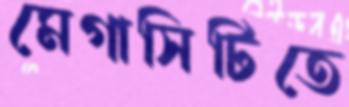
মেগাসিটিতে